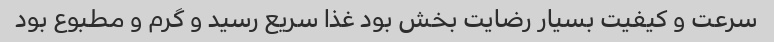
سرعت و کیفیت بسیار رضایت بخش بود غذا سریع رسید و گرم و مطبوع بود